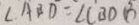
\angle A B D = \angle C B D \beta